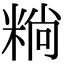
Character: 䊑